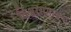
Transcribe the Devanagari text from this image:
विश्वासभावना